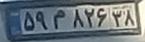
۵۹م۸۲۶۳۸